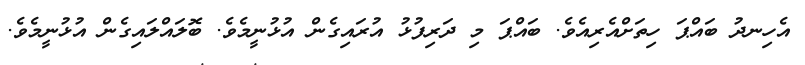
އެހިނދު ބައްޕަ ހިތަށްއެރިއެވެ. ބައްޕަ މި ދަރިފުޅު އުރައިގެން އުޅުނީމެވެ. ބޮލައްލައިގެން އުޅުނީމެވެ.